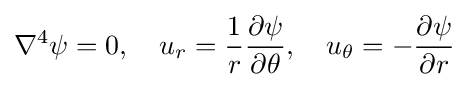
\nabla ^{4}\psi =0,\quad u_{r}={\frac {1}{r}}{\frac {\partial \psi }{\partial \theta }},\quad u_{\theta }=-{\frac {\partial \psi }{\partial r}}